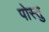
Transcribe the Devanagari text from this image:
पोस्तु